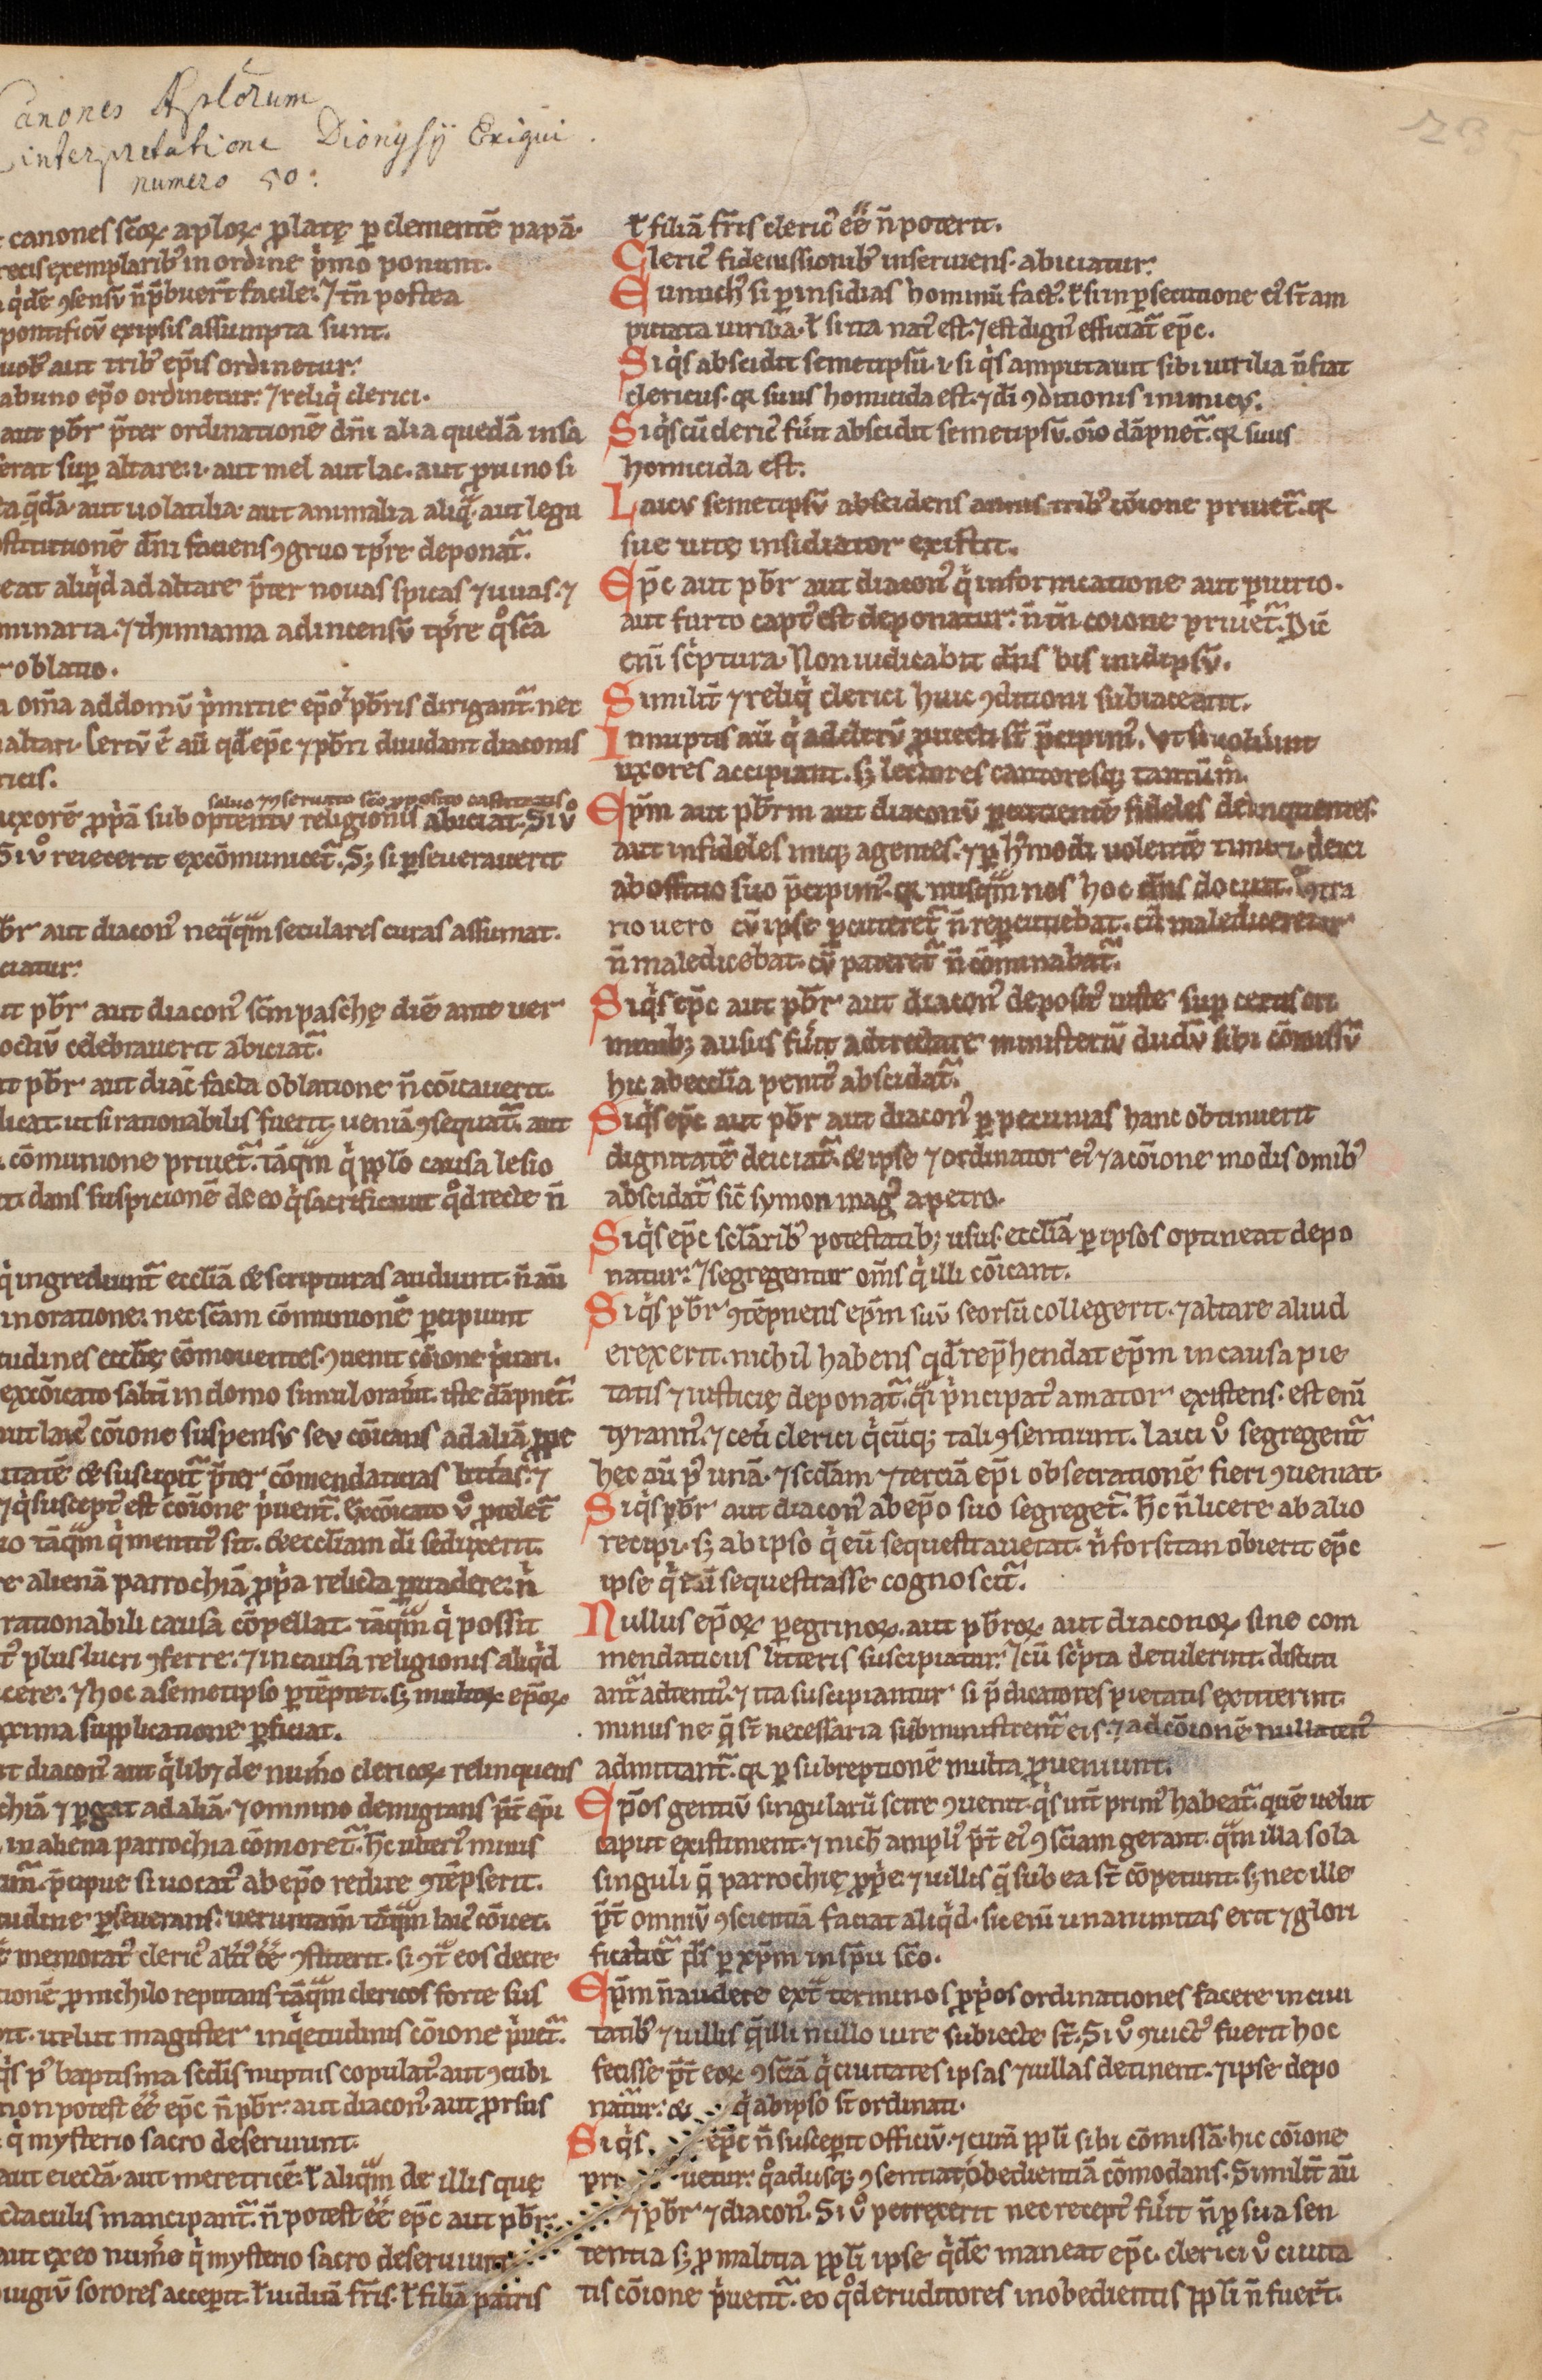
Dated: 1200–1299